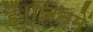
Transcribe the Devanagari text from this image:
हैं।जिनमें